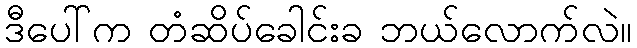
ဒီပေါ်က တံဆိပ်ခေါင်းခ ဘယ်လောက်လဲ။